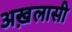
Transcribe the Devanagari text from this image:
अख़लासी